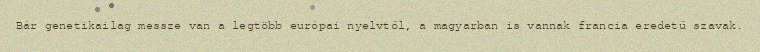
Bár genetikailag messze van a legtöbb európai nyelvtől, a magyarban is vannak francia eredetű szavak.